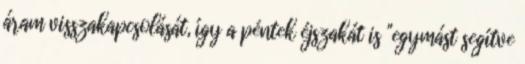
áram visszakapcsolását, így a péntek éjszakát is "egymást segítve